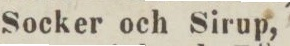
Socker och Sirup,